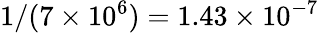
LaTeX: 1/(7\times 10^{6})=1.43\times 10^{-7}